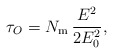
\begin{align*}\tau_O = N_{\rm m} \,{E^2\over 2 E_0^2},\end{align*}